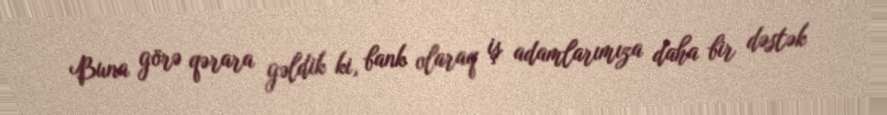
Buna görə qərara gəldik ki, bank olaraq iş adamlarımıza daha bir dəstək